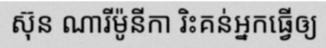
ស៊ុន ណារីម៉ូនីកា រិះគន់អ្នកធ្វើឲ្យ